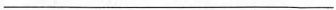
___